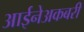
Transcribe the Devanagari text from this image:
आईनेअकबरी